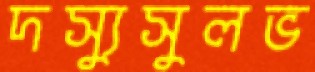
দস্যুসুলভ